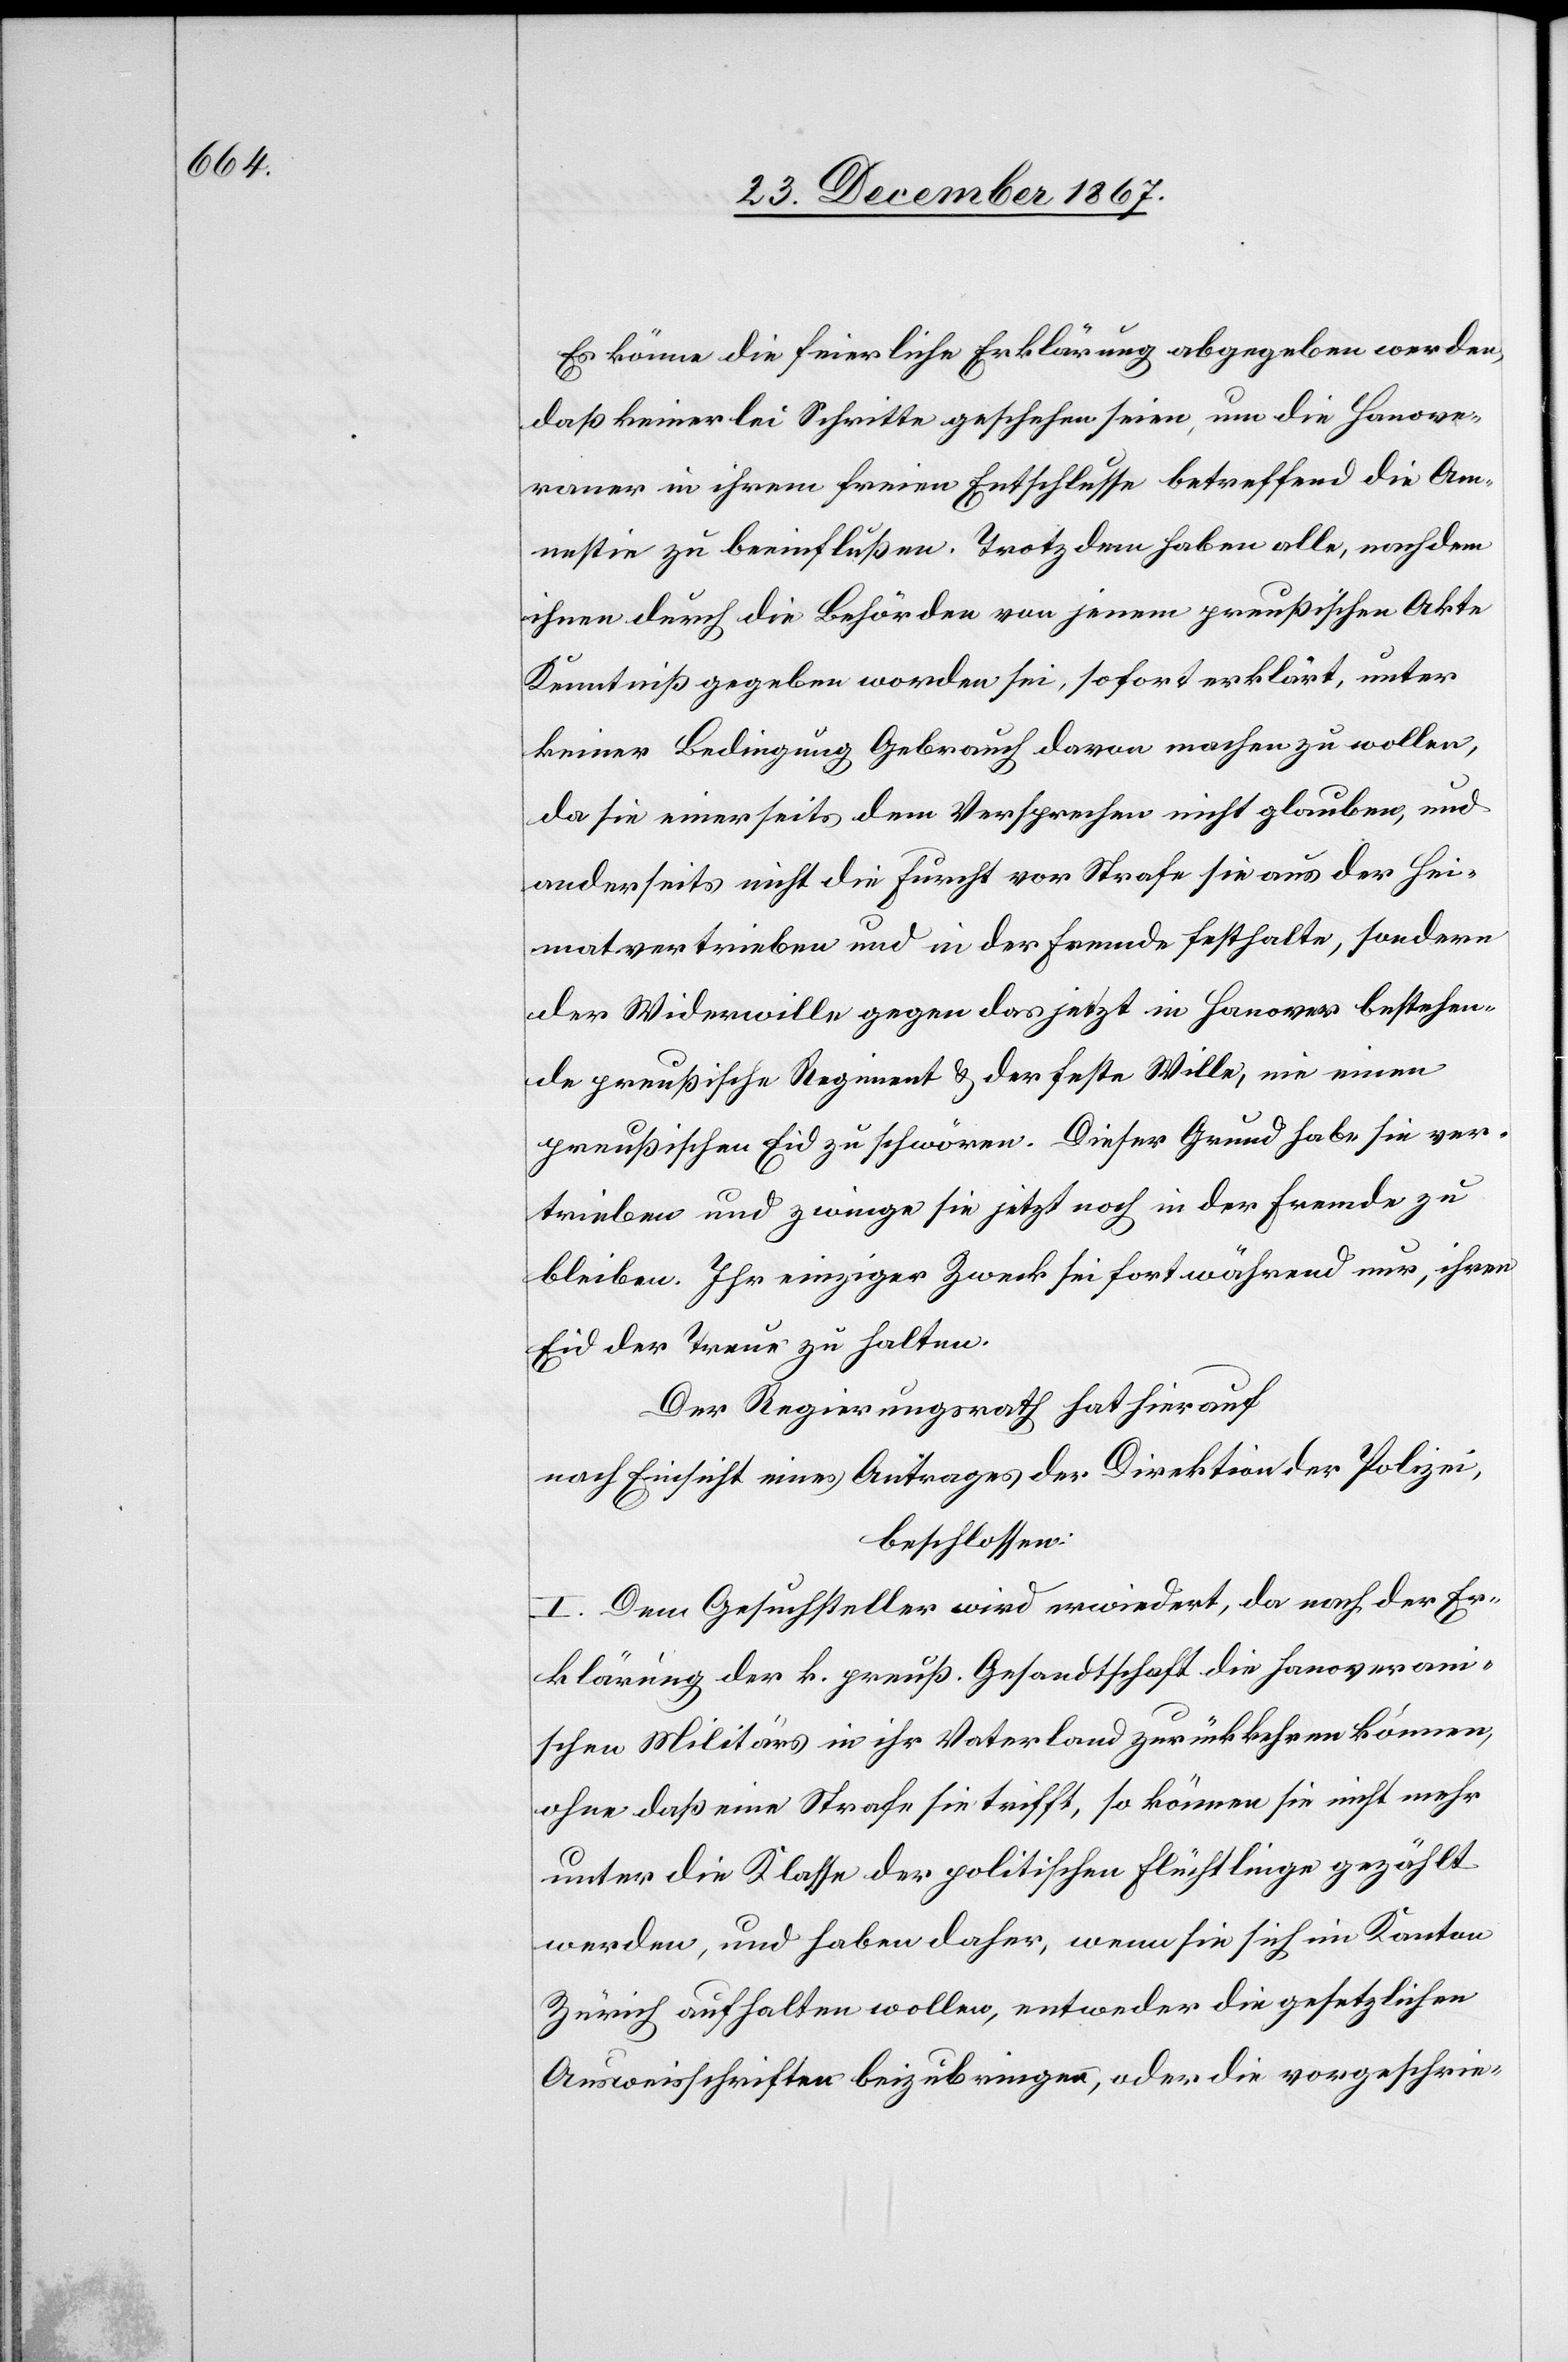
Es könne die feierliche Erklärung abgegeben werden,
daß keinerlei Schritte geschehen seien, um die Hanove¬
raner in ihrem freien Entschlusse betreffend die Am¬
nestie zu beeinflußen. Trotzdem haben alle, nachdem
ihnen durch die Behörden von jenem preußischen Akte
Kenntniß gegeben worden sei, sofort erklärt, unter
keiner Bedingung Gebrauch davon machen zu wollen,
da sie einerseits dem Versprechen nicht glauben, und
anderseits nicht die Furcht vor Strafe sie aus der Hei¬
mat vertrieben und in der Fremde festhalte, sondern
der Widerwille, gegen das jetzt in Hanover bestehen¬
de preußische Regiment u. der feste Wille, nie einen
preußischen Eid zu schwören. Dieser Grund habe sie ver¬
trieben und zwinge sie jetzt noch in der Fremde zu
bleiben. Ihr einziger Zweck sei fortwährend nur, ihren
Eid der Treue zu halten.
Der Regierungsrath hat hierauf
nach Einsicht eines Antrages der Direktion der Polizei,
beschlossen:
I. Dem Gesuchsteller wird erwiedert, da nach der Er¬
klärung der k. preuß. Gesandtschaft die hanoveran¬
ischen Militärs in ihr Vaterland zurückkehren können,
ohne daß eine Strafe sie trifft, so können sie nicht mehr
unter die Klasse der politischen Flüchtlinge gezählt
werden, und haben daher, wenn sie sich im Kanton
Zürich aufhalten wollen, entweder die gesetzlichen
Ausweisschriften beizubringen, oder die vorgeschrie-